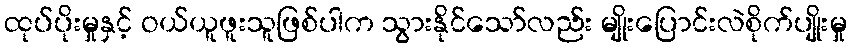
ထုပ်ပိုးမှုနှင့် ဝယ်ယူဖူးသူဖြစ်ပါက သွားနိုင်သော်လည်း မျိုးပြောင်းလဲစိုက်ပျိုးမှု